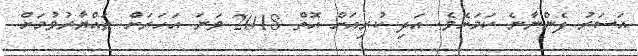
އަސަރު ފެންނާނެ ކަމަށެވެ. އަދި ކުރިއަށް އޮތް 2018 ވަނަ އަހަރަށް ތައްޔާރުވުމަށް